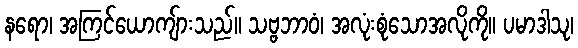
နရော၊ အကြင်ယောကျ်ားသည်။ သဗ္ဗဘာဝံ၊ အလုံးစုံသောအလိုကို။ ပမာဒါသု၊